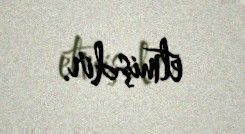
etmişdir.